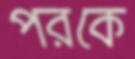
পরকে